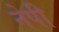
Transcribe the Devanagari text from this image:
नेपी